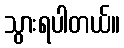
သွားရပါတယ်။